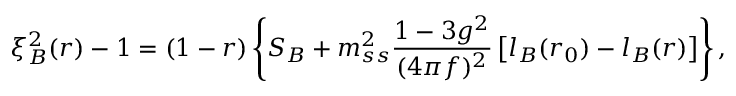
\xi _ { B } ^ { 2 } ( r ) - 1 = ( 1 - r ) \left\{ S _ { B } + m _ { s s } ^ { 2 } \frac { 1 - 3 g ^ { 2 } } { ( 4 \pi f ) ^ { 2 } } \left[ l _ { B } ( r _ { 0 } ) - l _ { B } ( r ) \right] \right\} ,